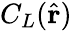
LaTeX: C_{L}(\hat{\mathbf r})